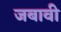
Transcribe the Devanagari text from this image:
जबावी